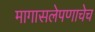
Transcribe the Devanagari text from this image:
मागासलेपणाचेच